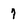
Character: 7